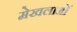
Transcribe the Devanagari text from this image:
मेखलाओं